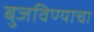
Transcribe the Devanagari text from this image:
बुजविण्याचा